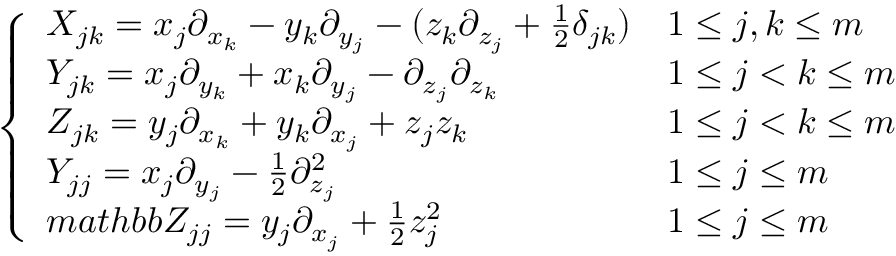
\begin{array} { r } { \left\{ \begin{array} { l l } { X _ { j k } = x _ { j } \partial _ { x _ { k } } - y _ { k } \partial _ { y _ { j } } - ( z _ { k } \partial _ { z _ { j } } + \frac { 1 } { 2 } \delta _ { j k } ) } & { 1 \leq j , k \leq m } \\ { Y _ { j k } = x _ { j } \partial _ { y _ { k } } + x _ { k } \partial _ { y _ { j } } - \partial _ { z _ { j } } \partial _ { z _ { k } } } & { 1 \leq j < k \leq m } \\ { Z _ { j k } = y _ { j } \partial _ { x _ { k } } + y _ { k } \partial _ { x _ { j } } + z _ { j } z _ { k } } & { 1 \leq j < k \leq m } \\ { Y _ { j j } = x _ { j } \partial _ { y _ { j } } - \frac { 1 } { 2 } \partial _ { z _ { j } } ^ { 2 } } & { 1 \leq j \leq m } \\ { m a t h b b { Z } _ { j j } = y _ { j } \partial _ { x _ { j } } + \frac { 1 } { 2 } z _ { j } ^ { 2 } } & { 1 \leq j \leq m } \end{array} \right. } \end{array}